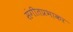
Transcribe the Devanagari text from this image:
संगीतप्रभाकर